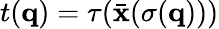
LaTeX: t({\mathbf q})=\tau(\bar{\mathbf x}(\sigma({\mathbf q})))